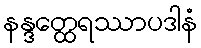
နန္ဒတ္ထေရဿာပဒါနံ